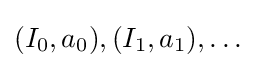
(I_{0},a_{0}),(I_{1},a_{1}),\dots